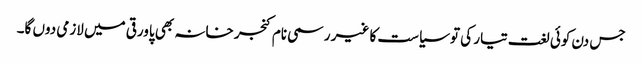
جس دن کوئی لغت تیار کی تو سیاست کا غیر رسمی نام کنجر خانہ بھی پاورقی میں لازمی دوں گا۔